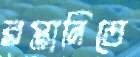
রপ্তানিতে